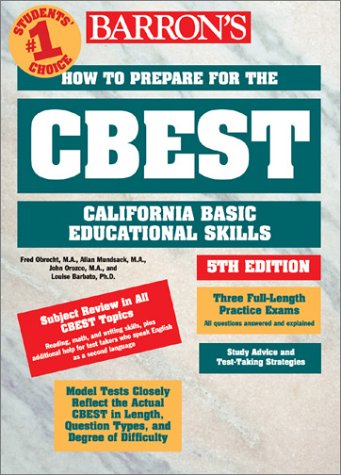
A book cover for How to Prepare for the CBEST: California Basic Educational Skills Test (Barron's Cset); Fred Obrecht; Test Preparation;